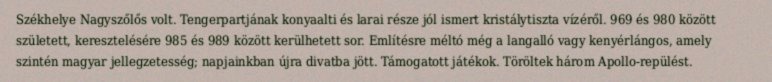
Székhelye Nagyszőlős volt. Tengerpartjának konyaalti és larai része jól ismert kristálytiszta vízéről. 969 és 980 között született, keresztelésére 985 és 989 között kerülhetett sor. Említésre méltó még a langalló vagy kenyérlángos, amely szintén magyar jellegzetesség; napjainkban újra divatba jött. Támogatott játékok. Töröltek három Apollo-repülést.